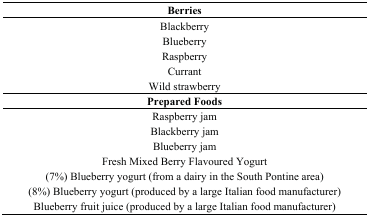
<table><thead><tr><td><b>Berries</b></td></tr></thead><tbody><tr><td>Blackberry</td></tr><tr><td>Blueberry</td></tr><tr><td>Raspberry</td></tr><tr><td>Currant</td></tr><tr><td>Wild strawberry</td></tr><tr><td><b>Prepared Foods</b></td></tr><tr><td>Raspberry jam</td></tr><tr><td>Blackberry jam</td></tr><tr><td>Blueberry jam</td></tr><tr><td>Fresh Mixed Berry Flavoured Yogurt</td></tr><tr><td>(7%) Blueberry yogurt (from a dairy in the South Pontine area)</td></tr><tr><td>(8%) Blueberry yogurt (produced by a large Italian food manufacturer)</td></tr><tr><td>Blueberry fruit juice (produced by a large Italian food manufacturer)</td></tr></tbody></table>